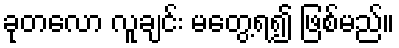
ခုတလော လူချင်း မတွေ့ရ၍ ဖြစ်မည်။